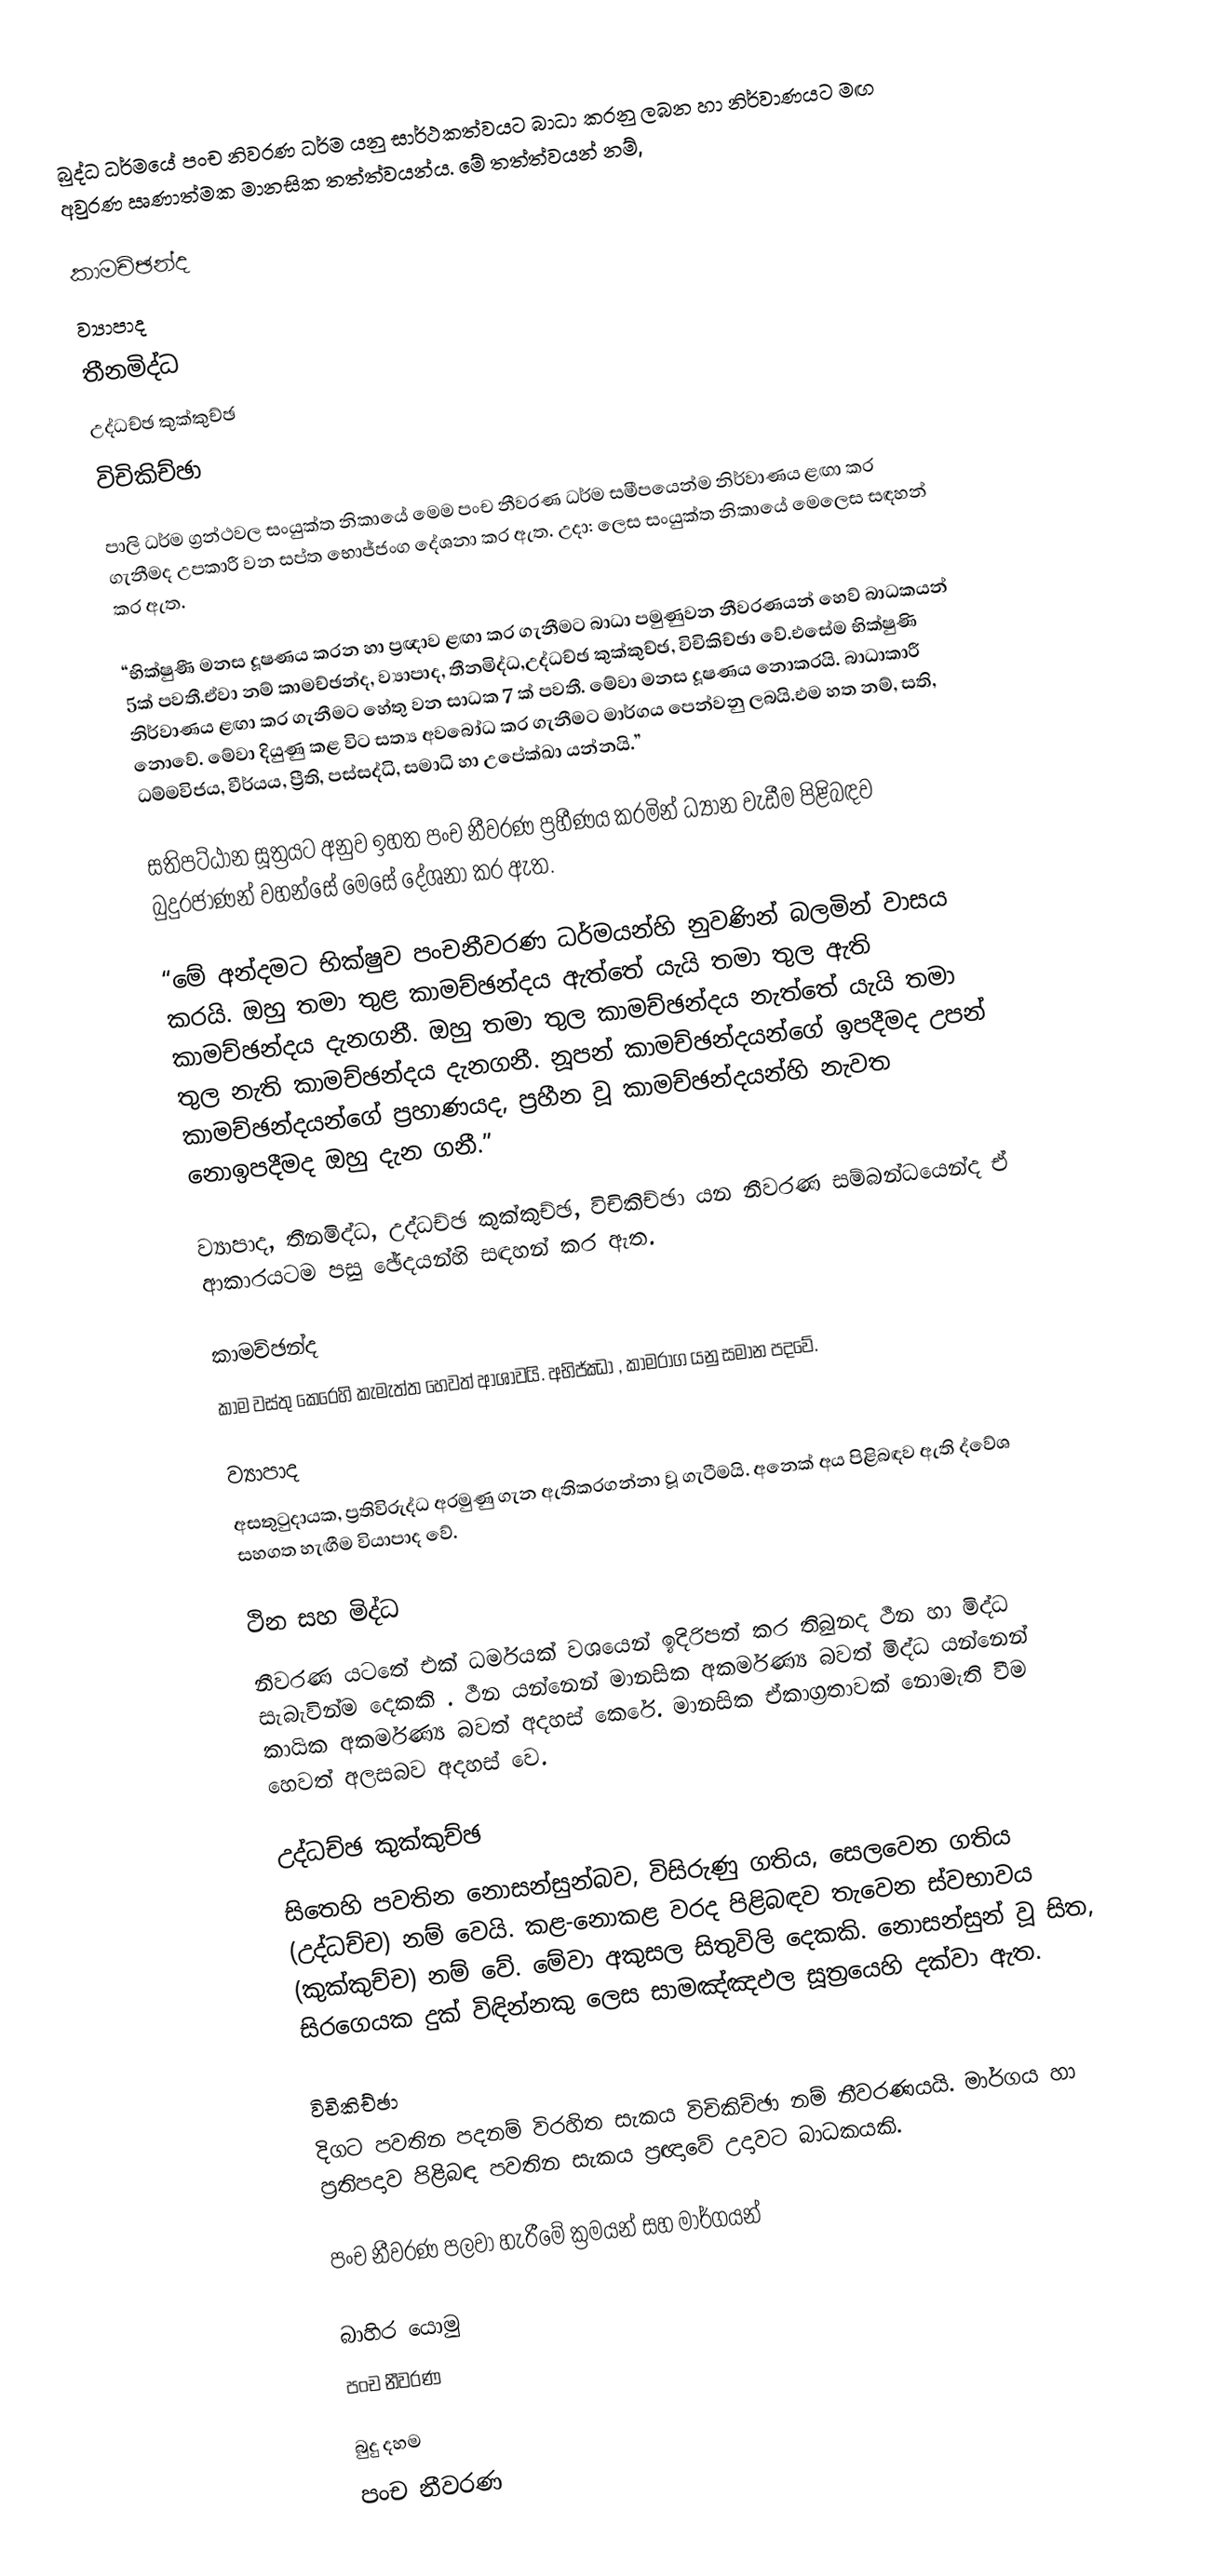
බුද්ධ ධර්මයේ පංච නිවරණ ධර්ම යනු සාර්ථකත්වයට බාධා කරනු ලබන හා නිර්වාණයට මඟ අවුරණ ඍණාත්මක මානසික තත්ත්වයන්ය. මේ තත්ත්වයන් නම්,

කාමච්ඡන්ද
ව්‍යාපාද
තීනමිද්ධ
උද්ධච්ඡ කුක්කුච්ඡ
විචිකිච්ඡා

පාලි ධර්ම ග්‍රන්ථවල සංයුක්ත නිකායේ මෙම පංච නීවරණ ධර්ම සමීපයෙන්ම නිර්වාණය ළඟා කර ගැනීමද උපකාරී වන සප්ත භොජ්ජංග දේශනා කර ඇත. උදා: ලෙස සංයුක්ත නිකායේ මෙලෙස සඳහන් කර ඇත.

“භික්ෂුණී මනස දූෂණය කරන හා ප්‍රඥාව ළඟා කර ගැනීමට බාධා පමුණුවන නීවරණයන් හෙව් බාධකයන් 5ක් පවතී.ඒවා නම් කාමච්ඡන්ද, ව්‍යාපාද, තීනමිද්ධ,උද්ධච්ඡ කුක්කුච්ඡ, විචිකිච්ඡා වේ.එසේම භික්ෂුණි නිර්වාණය ළඟා කර ගැනීමට හේතු වන සාධක 7 ක් පවතී. මේවා මනස දූෂණය නොකරයි. බාධාකාරී නොවේ. මේවා දියුණු කළ විට සත්‍ය අවබෝධ කර ගැනීමට මාර්ගය පෙන්වනු ලබයි.එම හත නම්, සති, ධම්මවිජය, වීර්යය, ප්‍රීති, පස්සද්ධි, සමාධි හා උපේක්ඛා යන්නයි.”

සතිපට්ඨාන සූත්‍රයට අනුව ඉහත පංච නීවරණ ප්‍රහීණය කරමින් ධ්‍යාන වැඩීම පිළිබඳව බුදුරජාණන් වහන්සේ මෙසේ දේශනා කර ඇත. ‍

“මේ අන්දමට භික්ෂුව පංචනීවරණ ධර්මයන්හි නුවණින් බලමින් වාසය කරයි. ඔහු තමා තුළ කාමච්ඡන්දය ඇත්තේ යැයි තමා තුල ඇති කාමච්ඡන්දය දැනගනී. ඔහු තමා තුල කාමච්ඡන්දය නැත්තේ යැයි තමා තුල නැති කාමච්ඡන්දය දැනගනී. නූපන් කාමච්ඡන්දයන්ගේ ඉපදීමද උපන් කාමච්ඡන්දයන්ගේ ප්‍රහාණයද, ප්‍රහීන වූ කාමච්ඡන්දයන්හි නැවත නොඉපදීමද ඔහු දැන ගනී.”

ව්‍යාපාද, තීනමිද්ධ, උද්ධච්ඡ කුක්කුච්ඡ, විචිකිච්ඡා යන නීවරණ සම්බන්ධයෙන්ද ඒ ආකාරයටම පසු ඡේදයන්හි සඳහන් කර ඇත.

කාමච්ඡන්ද
කාම වස්තු කෙරෙහි කැමැත්ත හෙවත් ආශාවයි. අභිජ්ඣා , කාමරාග යනු සමාන පදවේ.

ව්‍යාපාද
අසතුටුදායක,  ප්‍රතිවිරුද්ධ අරමුණු ගැන  ඇතිකරගන්නා වූ ගැටීමයි.  අනෙක් අය පිළිබඳව ඇති ද්වේශ සහගත හැඟීම වියාපාද වේ.

ථින සහ මිද්ධ
නීවරණ යටතේ  එක් ධර්මයක් වශයෙන් ඉදිරිපත් කර තිබුනද ථීන හා මිද්ධ සැබැවින්ම දෙකකි . ථීන යන්නෙන් මානසික අකර්මණ්‍ය බවත් මිද්ධ යන්නෙන් කායික අකර්මණ්‍ය බවත් අදහස් කෙරේ. මානසික ඒකාග්‍රතාවක් නොමැති වීම හෙවත් අලසබව අදහස් වෙ.

උද්ධච්ඡ කුක්කුච්ඡ
සිතෙහි පවතින නොසන්සුන්බව, විසිරුණු ගතිය, සෙලවෙන ගතිය (උද්ධච්ච) නම් වෙයි. කළ-නොකළ වරද පිළිබඳව තැවෙන ස්වභාවය (කුක්කුච්ච) නම් වේ. මේවා අකුසල සිතුවිලි දෙකකි. නොසන්සුන් වූ සිත, සිරගෙයක දුක් විඳින්නකු ලෙස සාමඤ්ඤඵල සූත්‍රයෙහි දක්වා ඇත.

විචිකිච්ඡා
දිගට පවතින පදනම් විරහිත සැකය විචිකිච්ඡා නම් නීවරණයයි. මාර්ගය හා ප්‍රතිපදාව පිළිබඳ පවතින සැකය ප්‍රඥාවේ උදාවට බාධකයකි.

පංච නීවරණ පලවා හැරීමේ ක්‍රමයන් සහ මාර්ගයන්

බාහිර යොමු
 පංච නීවරණ

බුදු දහම
පංච නීවරණ